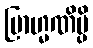
ဗြာဟ္မဏိမ္ပိ